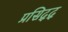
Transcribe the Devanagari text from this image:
प्रसिद्द्